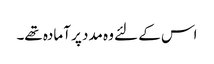
اس کے لئے وہ مدد پر آمادہ تھے۔